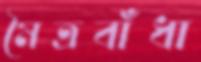
মৈত্রবাঁধা